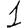
Digit: 1